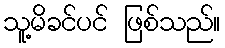
သူ့မိခင်ပင် ဖြစ်သည်။